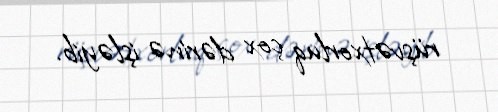
rüşvətxorluq çox dərinə işləyib.